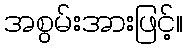
အစွမ်းအားဖြင့်။